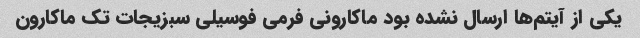
یکی از آیتم‌ها ارسال نشده بود ماکارونی فرمی فوسیلی سبزیجات تک ماکارون